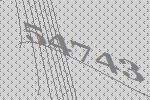
54743